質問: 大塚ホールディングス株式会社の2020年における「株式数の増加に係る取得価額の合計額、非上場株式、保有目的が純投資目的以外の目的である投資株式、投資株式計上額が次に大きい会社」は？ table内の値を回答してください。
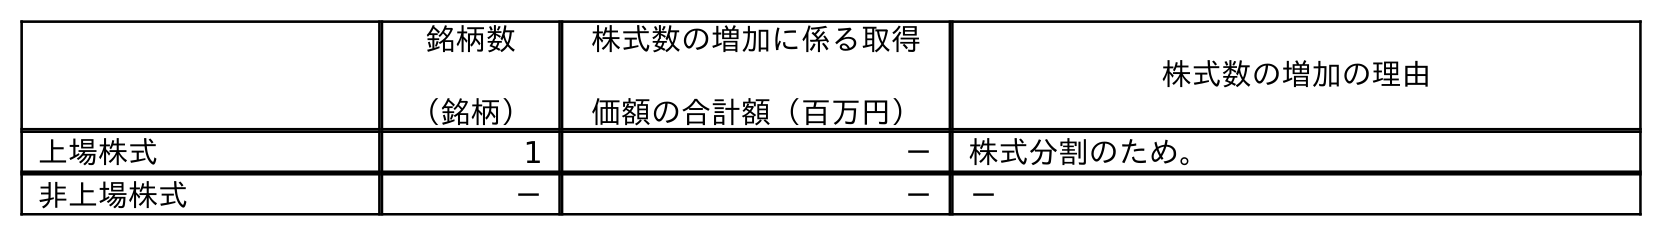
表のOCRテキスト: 銘柄数 （銘柄） 株式数の増加に係る取得 価額の合計額（百万円） 株式数の増加の理由 上場株式 1 － 株式分割のため。 非上場株式 － － －
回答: －